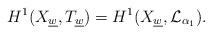
LaTeX: \begin{align*}H^1(X_{\underline{w}}, T_{\underline{w}})= H^1(X_{\underline{w}},\mathcal{L}_{\alpha_{1}}).\end{align*}